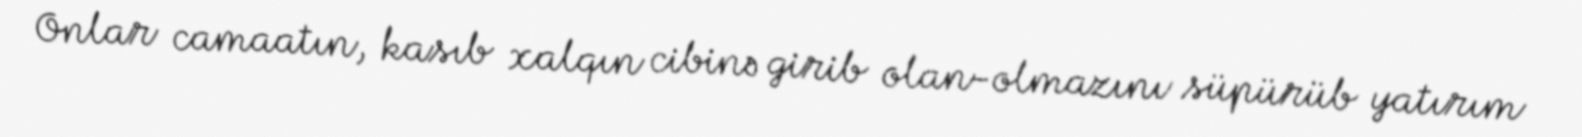
Onlar camaatın, kasıb xalqın cibinə girib olan-olmazını süpürüb yatırım